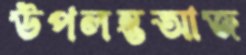
উপলম্ভআজ